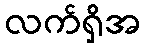
လက်ရှိအ